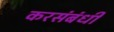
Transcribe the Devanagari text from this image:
करसंबंधी